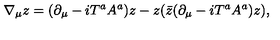
\nabla _ { \mu } z = ( \partial _ { \mu } - i T ^ { a } A ^ { a } ) z - z ( \bar { z } ( \partial _ { \mu } - i T ^ { a } A ^ { a } ) z ) ,